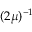
( 2 \mu ) ^ { - 1 }